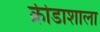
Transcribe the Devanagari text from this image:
क्रीडाशाला